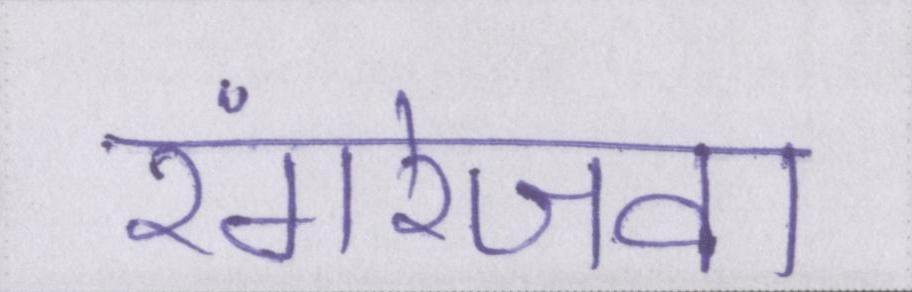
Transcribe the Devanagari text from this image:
रंगरेजवा